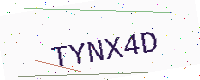
Text: TYNX4D